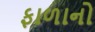
ફાળાનો